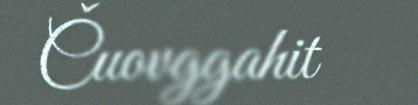
Čuovggahit